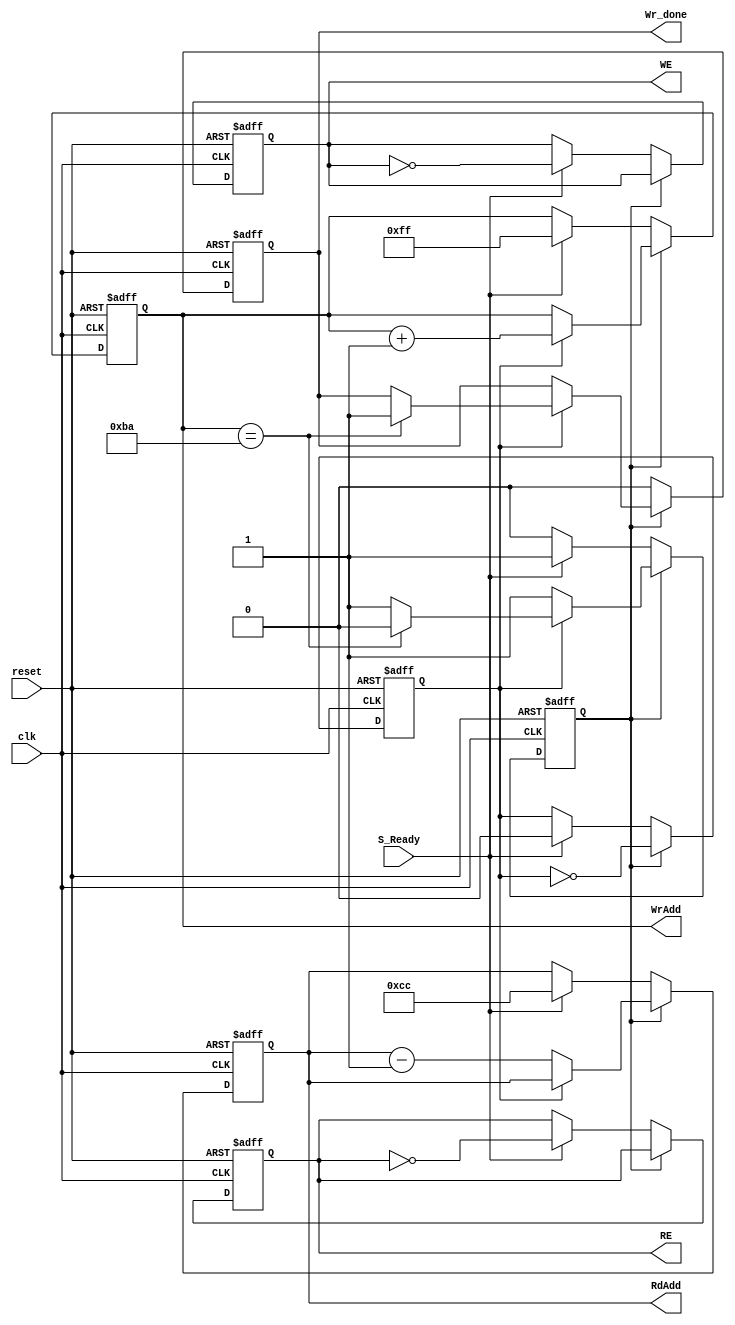

/* This program is free software: you can redistribute it and/or modify
   it under the terms of the GNU General Public License as published by
   the Free Software Foundation, either version 3 of the License, or
   (at your option) any later version.

   This program is distributed in the hope that it will be useful,
   but WITHOUT ANY WARRANTY; without even the implied warranty of
   MERCHANTABILITY or FITNESS FOR A PARTICULAR PURPOSE.  See the
   GNU General Public License for more details.

   You should have received a copy of the GNU General Public License
   along with this program.  If not, see <http://www.gnu.org/licenses/>.
   
   Email : semiconductors@varkongroup.com
   Tel   : 1-732-447-8611
   
*/



module transport_in2out
///  transport input block from input pipeling memories to output pipeling memories
(

input clk, // input clock planned to be 56 Mhz
input reset, // active high asynchronous reset

// active high flag for one clock to indicate that the block should work
input S_Ready, 

output reg RE,WE,  /// RE for input memories , WE for output memories 

output reg [7:0] RdAdd,WrAdd,

output reg Wr_done

);


reg cnt;

reg state;  //// 0 or 1



always@(posedge clk or posedge reset)
begin
	if(reset)
		begin
			WE<=0;
			RE<=0;
			RdAdd<=0;
			WrAdd<=0;
			Wr_done<=0;
			state<=0;
			cnt<=0;
		end
	else
		begin
			case(state)
			////////////////////////////////////
			1:begin    //// operation is runing
				cnt<=~cnt;
				
				if(cnt)
					begin
						WrAdd<=WrAdd+1;
						if(WrAdd == 186)
							begin
								state<=0;
								Wr_done<=1;
							end
					end
				else
					begin
						RdAdd<=RdAdd-1;
					end
			end
			///////////////////////////////////////
			default:begin    //// idle state
				Wr_done<=0;
				if(S_Ready)
					begin
						state<=1;
						RE<=~RE;
						WE<=~WE;
						RdAdd<= 204;
						WrAdd<= 255;
						cnt<=0;
					end
			end
			///////////////////////////////////
			endcase
		end
end

endmodule